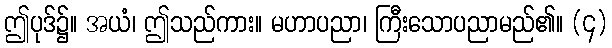
ဤပုဒ်၌။ အယံ၊ ဤသည်ကား။ မဟာပညာ၊ ကြီးသောပညာမည်၏။ (၄)